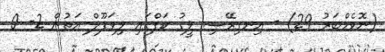
(ނޮވެމްބަރު 29) - އިނގިރޭސި ލީގު ކަޕްގައި ލިވަޕޫލް އަތުން 2- 0